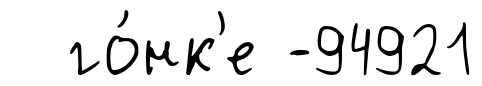
го́нк'е -94921